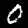
Label: 0